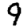
Digit: 9